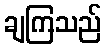
ချကြသည်